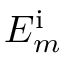
E _ { m } ^ { \mathrm { i } }